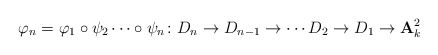
\begin{align*}\varphi_{n}=\varphi_{1}\circ\psi_{2}\cdots\circ\psi_{n} \colon D_{n}\to D_{n-1}\to\cdots D_{2}\to D_{1}\to{\mathbf{A}}_{k}^{2}\end{align*}